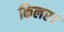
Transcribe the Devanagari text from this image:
किलर।